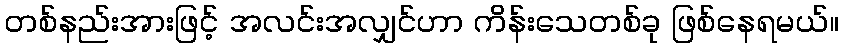
တစ်နည်းအားဖြင့် အလင်းအလျှင်ဟာ ကိန်းသေတစ်ခု ဖြစ်နေရမယ်။